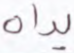
يداه